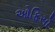
ઓફિસો